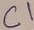
Text: C1